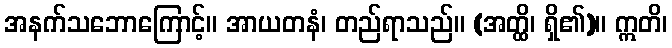
အနက်သဘောကြောင့်။ အာယတနံ၊ တည်ရာသည်။ (အတ္ထိ၊ ရှိ၏)။ ဣတိ၊